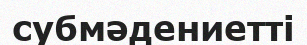
субмәдениетті